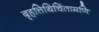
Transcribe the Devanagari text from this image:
बृहत्तिथिचिंतामणि